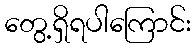
တွေ့ရှိရပါကြောင်း